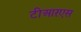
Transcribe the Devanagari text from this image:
टीआऱएस